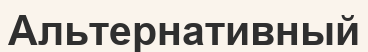
Альтернативный